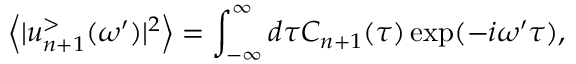
\left\langle | u _ { n + 1 } ^ { > } ( \omega ^ { \prime } ) | ^ { 2 } \right\rangle = \int _ { - \infty } ^ { \infty } d \tau C _ { n + 1 } ( \tau ) \exp ( - i \omega ^ { \prime } \tau ) ,